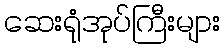
ဆေးရုံအုပ်ကြီးများ